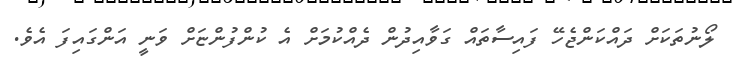
ލޯނުތަކަށް ދައްކަންޖެހޭ ފައިސާތައް ގަވާއިދުން ދެއްކުމަށް އެ ކުންފުންޏަށް ވަނީ އަންގައިފަ އެވެ.